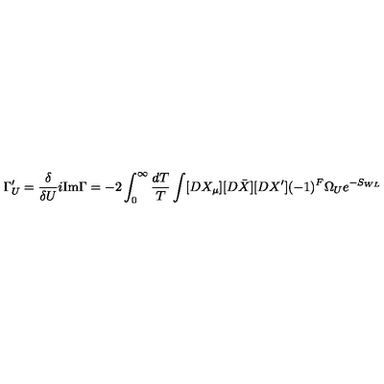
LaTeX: \Gamma _ { U } ^ { \prime } = \frac { \delta } { \delta U } i \mathrm { I m } \Gamma = - 2 \int _ { 0 } ^ { \infty } \frac { d T } { T } \int [ D X _ { \mu } ] [ D \bar { X } ] [ D X ^ { \prime } ] ( - 1 ) ^ { F } \Omega _ { U } e ^ { - S _ { W L } }